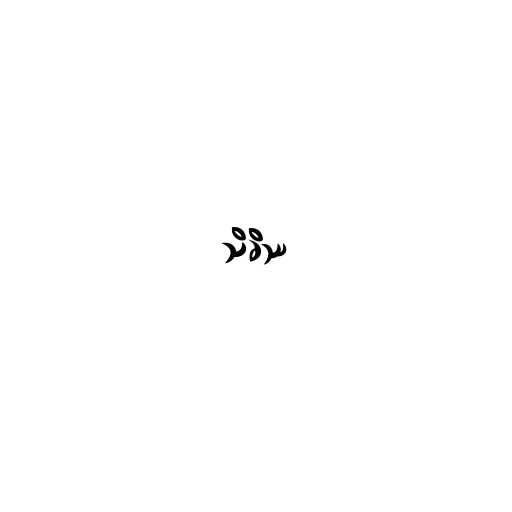
သိခိဿ